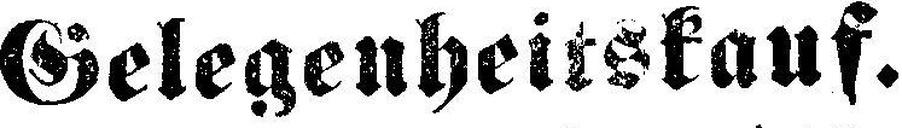
Gelegenheitskauf.